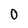
Character: 0